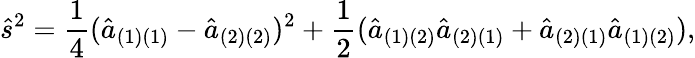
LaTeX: {\hat{s}}^{2}={\frac{1}{4}}({\hat{a}}_{(1)(1)}-{\hat{a}}_{(2)(2)})^{2}+{\frac{1}{2}}({\hat{a}}_{(1)(2)}{\hat{a}}_{(2)(1)}+{\hat{a}}_{(2)(1)}{\hat{a}}_{(1)(2)}),